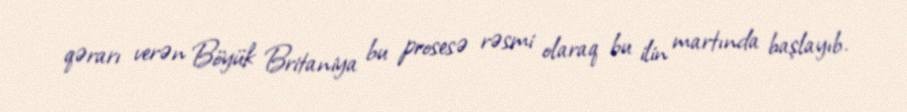
qərarı verən Böyük Britaniya bu prosesə rəsmi olaraq bu ilin martında başlayıb.